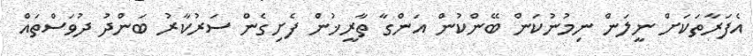
އެފަރާތަކަށް ނީލަން ނިމުނުކަން ބޭންކުން އަންގާ ތާރީޚުން ފެށިގެން ސަރުކާރު ބަންދު ދުވަސްތައް